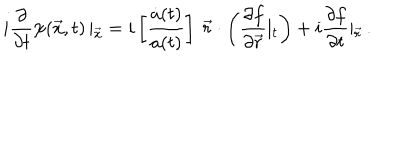
i \frac { \partial } { \partial t } \psi ( \vec { x } , t ) \left| _ { \vec { x } } \right. = i \left[ \frac { \dot { a } ( t ) } { a ( t ) } \right] \ \vec { r } \cdot \left( \frac { \partial f } { \partial \vec { r } } \left| _ t \right. \right) + i \frac { \partial f } { \partial t } \left| _ { \vec { r } } \right. .